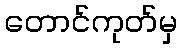
တောင်ကုတ်မှ